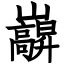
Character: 巐